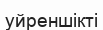
уйреншікті